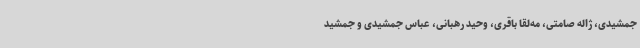
جمشیدی، ژاله صامتی، مه‌لقا باقری، وحید رهبانی، عباس جمشیدی و جمشید